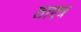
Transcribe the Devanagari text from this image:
ताएत्र